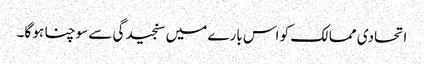
اتحادی ممالک کو اس بارے میں سنجیدگی سے سوچنا ہو گا۔